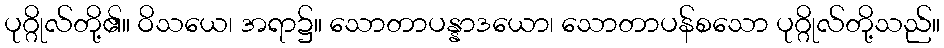
ပုဂ္ဂိုလ်တို့၏။ ဝိသယေ၊ အရာ၌။ သောတာပန္နာဒယော၊ သောတာပန်စသော ပုဂ္ဂိုလ်တို့သည်။